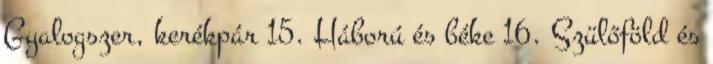
Gyalogszer, kerékpár 15. Háború és béke 16. Szülőföld és